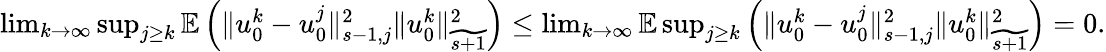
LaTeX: \begin{array}{r}{\operatorname*{lim}_{k\to\infty}\operatorname*{sup}_{j\geq k}\mathbb E\left(\| u_{0}^{k}-u_{0}^{j}\| _{s-1,j}^{2}\| u_{0}^{k}\| _{\widetilde{s+1}}^{2}\right)\leq\operatorname*{lim}_{k\to\infty}\mathbb E\operatorname*{sup}_{j\geq k}\left(\| u_{0}^{k}-u_{0}^{j}\| _{s-1,j}^{2}\| u_{0}^{k}\| _{\widetilde{s+1}}^{2}\right)=0.}\end{array}